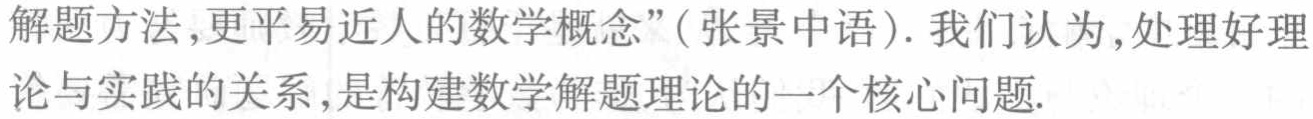
解题方法,更平易近人的数学概念”（张景中语）. 我们认为,处理好理论与实践的关系,是构建数学解题理论的一个核心问题.